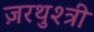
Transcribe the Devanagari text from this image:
ज़रथुश्त्री